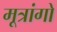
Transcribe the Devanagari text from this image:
मूत्रांगो